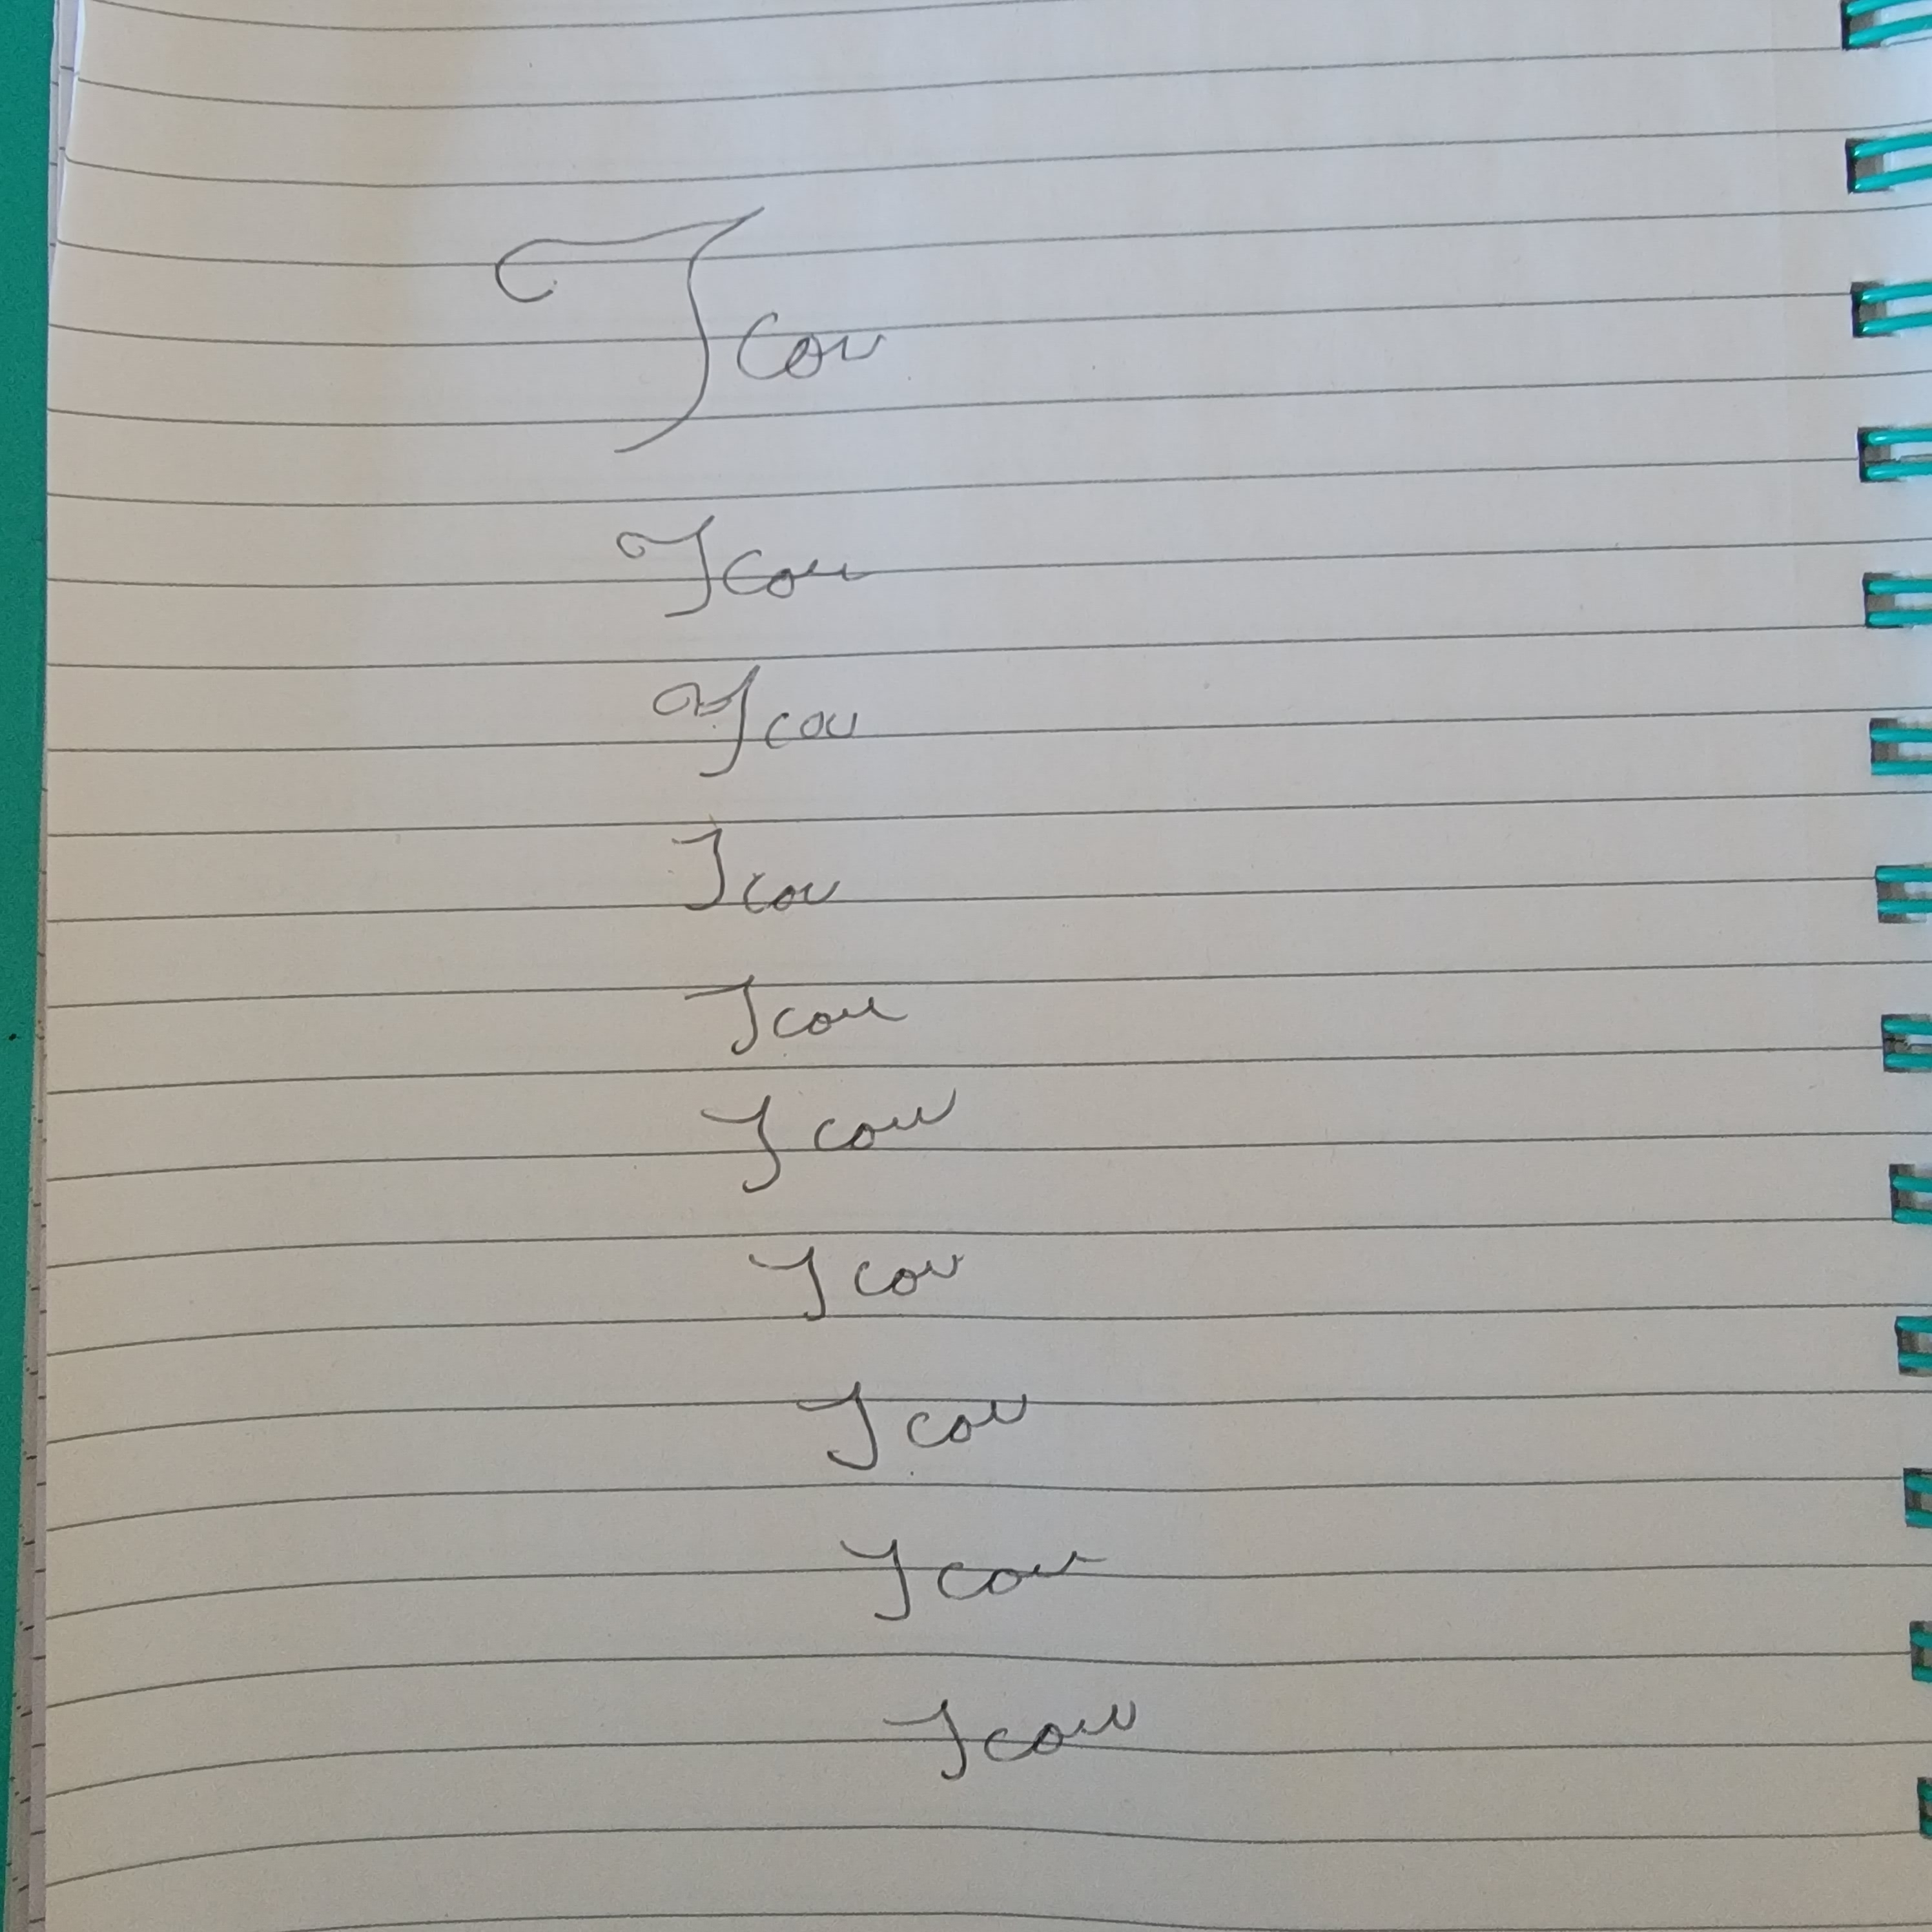
Signature authenticity: forged